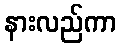
နားလည်ကာ